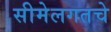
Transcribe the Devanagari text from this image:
सीमेलगतचे